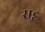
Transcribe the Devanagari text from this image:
सट्ट